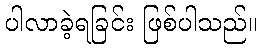
ပါလာခဲ့ရခြင်း ဖြစ်ပါသည်။